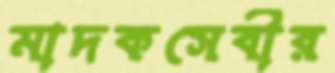
মাদকসেবীর